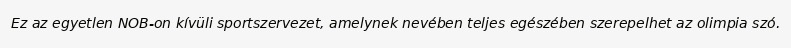
Ez az egyetlen NOB-on kívüli sportszervezet, amelynek nevében teljes egészében szerepelhet az olimpia szó.